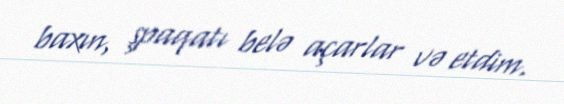
baxın, şpaqatı belə açarlar və etdim.